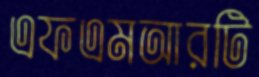
এফএমআরটি